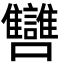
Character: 㘜